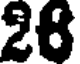
28